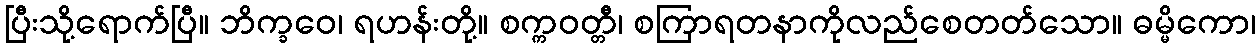
ပြီးသို့ရောက်ပြီ။ ဘိက္ခဝေ၊ ရဟန်းတို့။ စက္ကဝတ္တီ၊ စကြာရတနာကိုလည်စေတတ်သော။ ဓမ္မိကော၊